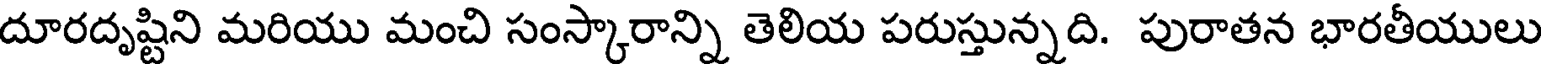
దూరదృష్టిని మరియు మంచి సంస్కారాన్ని తెలియ పరుస్తున్నది. పురాతన భారతీయులు